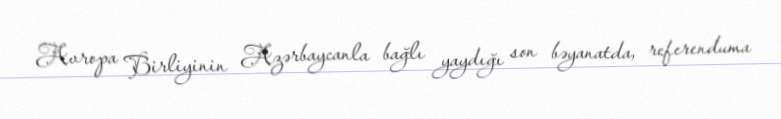
Avropa Birliyinin Azərbaycanla bağlı yaydığı son bəyanatda, referenduma